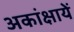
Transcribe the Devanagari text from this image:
अकांक्षायें